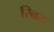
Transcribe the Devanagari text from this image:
रिवरः